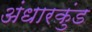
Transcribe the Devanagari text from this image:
अंधारकुंड